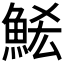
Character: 𮫶